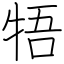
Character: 牾